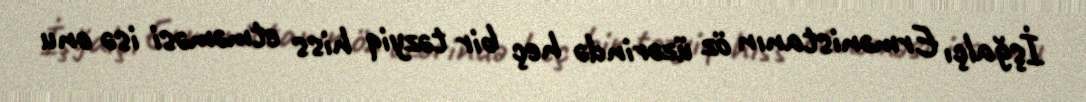
İşğalçı Ermənistanın öz üzərində heç bir təzyiq hiss etməməsi isə onu